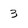
Character: 3